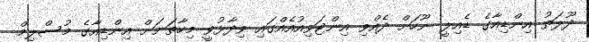
ދޫލަތު އިންޑިއާގެ ޑެއިލީ ނޫހަށް ދެއްވި އިންޓަވިއުއެއްގައި ވިދާޅުވީ މިހާތަނަށް އިންޑިއާގެ މުސްލިމް